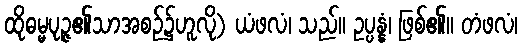
ထိုဓမ္မပုဉ္ဇ၏သာအစဉ်၌ဟူလို) ယံဖလံ၊ သည်။ ဥပ္ပန္နံ၊ ဖြစ်၏။ တံဖလံ၊